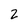
Character: 2